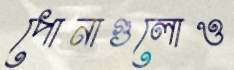
পোনাগুলোও